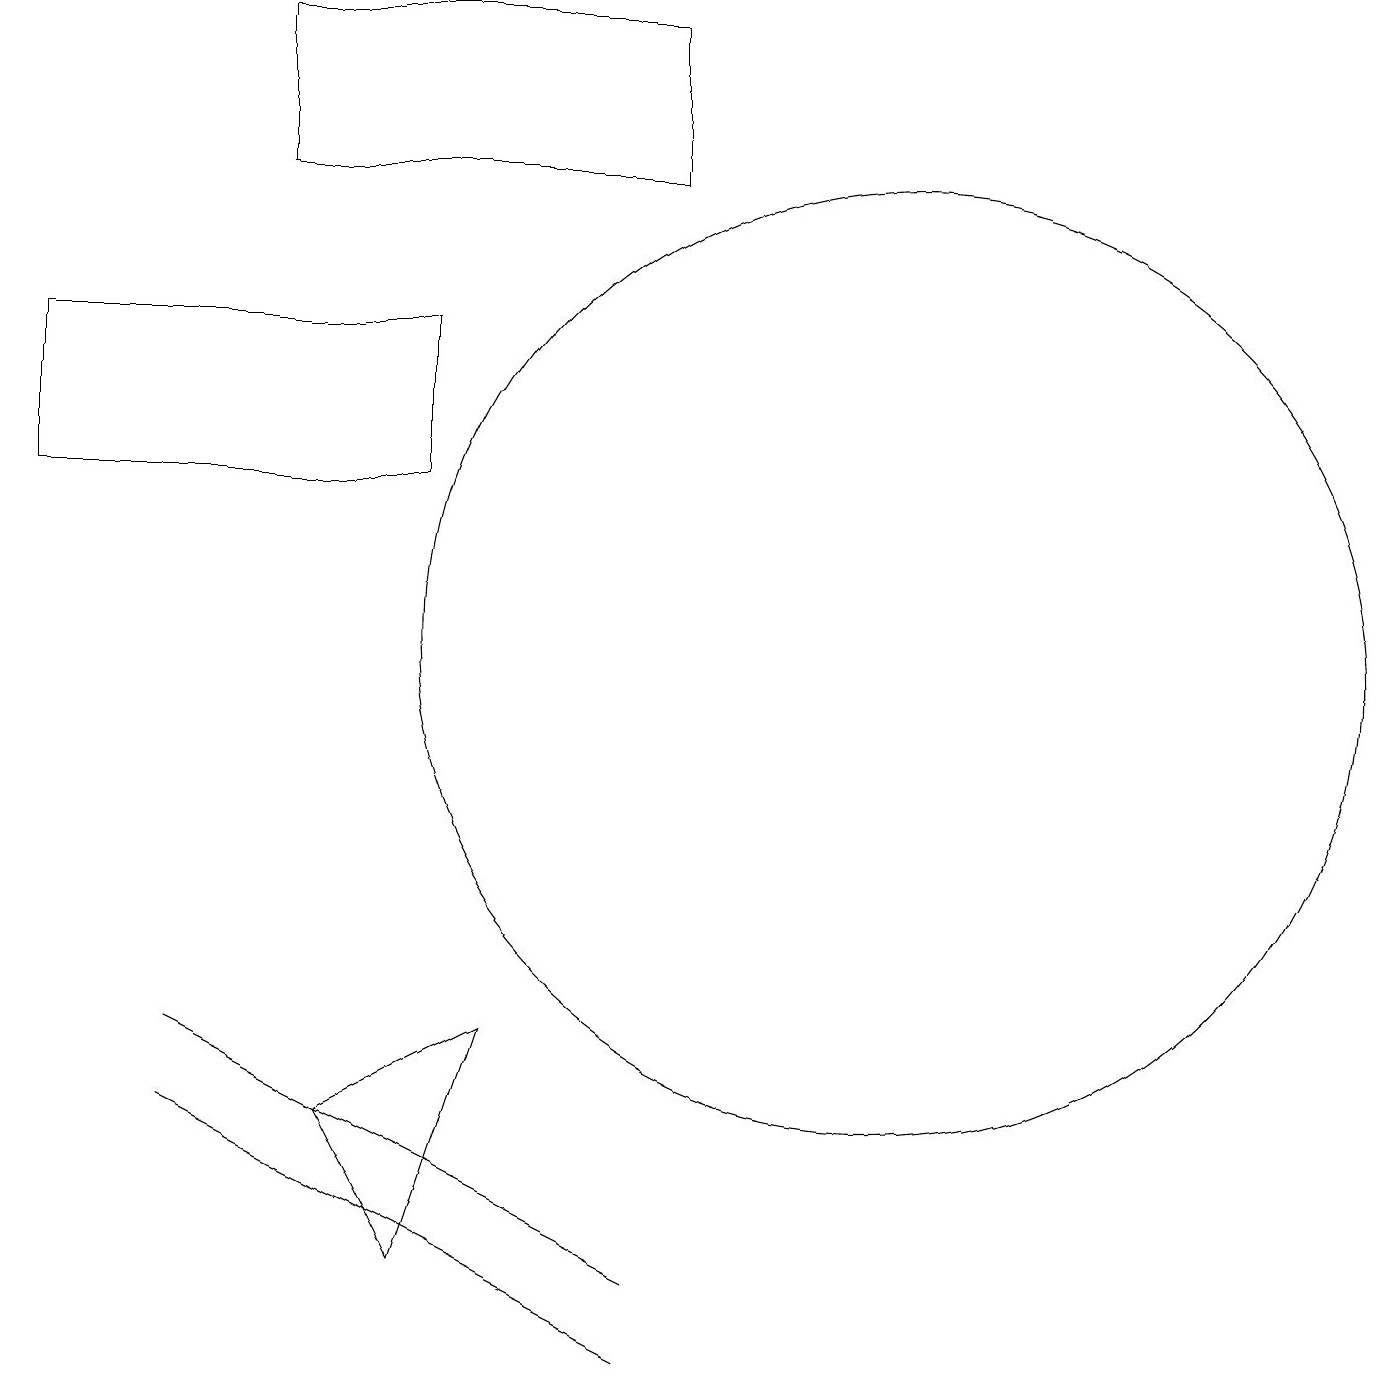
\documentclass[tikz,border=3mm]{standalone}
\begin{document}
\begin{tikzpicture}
\draw (8,2) -- (4,4) -- (2,5) -- cycle;
\draw (5,3) -- (4,5) -- (6,6) -- cycle;
\draw (11,11) circle (6);
\draw (2,6) -- (8,3) -- (2,6) -- cycle;
\draw (3,17) rectangle (8,19);
\draw (0,15) rectangle (5,13);
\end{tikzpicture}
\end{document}